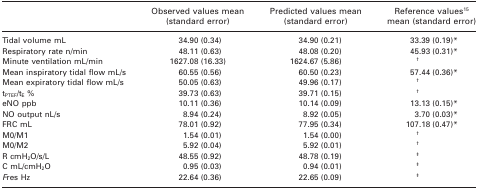
<table><thead><tr><td></td><td><b>Observed values mean (standard error)</b></td><td><b>Predicted values mean (standard error)</b></td><td><b>Reference values15 mean (standard error)</b></td></tr></thead><tbody><tr><td>Tidal volume mL</td><td>34.90 (0.34)</td><td>34.90 (0.21)</td><td>33.39 (0.19)*</td></tr><tr><td>Respiratory rate n/min</td><td>48.11 (0.63)</td><td>48.08 (0.20)</td><td>45.93 (0.31)*</td></tr><tr><td>Minute ventilation mL/min</td><td>1627.08 (16.33)</td><td>1624.67 (5.86)</td><td>†</td></tr><tr><td>Mean inspiratory tidal flow mL/s</td><td>60.55 (0.56)</td><td>60.50 (0.23)</td><td>57.44 (0.36)*</td></tr><tr><td>Mean expiratory tidal flow mL/s</td><td>50.05 (0.63)</td><td>49.96 (0.17)</td><td>†</td></tr><tr><td>t<sub>PTEF</sub>/t<sub>E</sub> %</td><td>39.73 (0.63)</td><td>39.71 (0.15)</td><td>†</td></tr><tr><td>eNO ppb</td><td>10.11 (0.36)</td><td>10.14 (0.09)</td><td>13.13 (0.15)*</td></tr><tr><td>NO output nL/s</td><td>8.94 (0.24)</td><td>8.92 (0.05)</td><td>3.70 (0.03)*</td></tr><tr><td>FRC mL</td><td>78.01 (0.92)</td><td>77.95 (0.34)</td><td>107.18 (0.47)*</td></tr><tr><td>M0/M1</td><td>1.54 (0.01)</td><td>1.54 (0.00)</td><td>†</td></tr><tr><td>M0/M2</td><td>5.92 (0.04)</td><td>5.92 (0.01)</td><td>†</td></tr><tr><td>R cmH<sub>2</sub>O/s/L</td><td>48.55 (0.92)</td><td>48.78 (0.19)</td><td>‡</td></tr><tr><td>C mL/cmH<sub>2</sub>O</td><td>0.95 (0.03)</td><td>0.94 (0.01)</td><td>‡</td></tr><tr><td><i>F</i>res Hz</td><td>22.64 (0.36)</td><td>22.65 (0.09)</td><td>‡</td></tr></tbody></table>